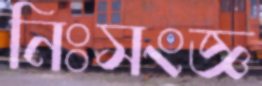
নিঃসংজ্ঞ